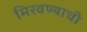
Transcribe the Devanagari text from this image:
मिरवण्याची